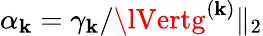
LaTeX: \alpha_{\mathbf{k}}=\gamma_{\mathbf{k}}/\lVertg^{(\mathbf{k})}\rVert_{2}